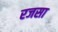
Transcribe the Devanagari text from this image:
रजसा